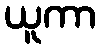
ယူကာ